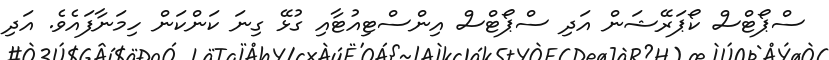
ސްޕޯޓްސް ކޯޕަރޭޝަން އަދި ސްޕޯޓްސް އިންސްޓިއުޓާއި ގުޅޭ ގިނަ ކަންކަން ހިމަނާފައެވެ. އަދި